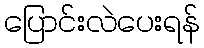
ပြောင်းလဲပေးရန်